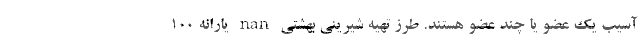
آسیب یک عضو یا چند عضو هستند. طرز تهیه شیرینی بهشتی nan یارانه ۱۰۰